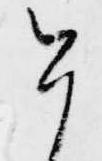
今